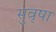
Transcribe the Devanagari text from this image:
सुवृषा